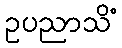
ဥပညာသိံ